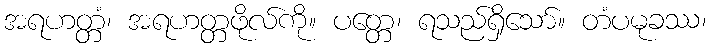
အရဟတ္တံ၊ အရဟတ္တဖိုလ်ကို။ ပတ္တေ၊ ရသည်ရှိသော်။ တံပမုခဿ၊